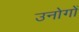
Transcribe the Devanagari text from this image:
उनोगों